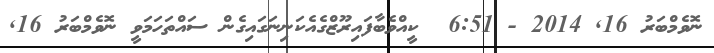
ނޮވެމްބަރު 16